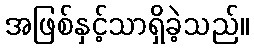
အဖြစ်နှင့်သာရှိခဲ့သည်။